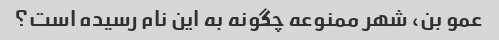
عمو بن، شهر ممنوعه چگونه به این نام رسیده است؟